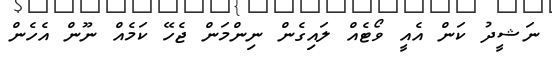
ނަޝީދު ކަން އެއީ ވޯޓެއް ލައިގެން ނިންމަން ޖެހޭ ކަމެއް ނޫން އެހެން